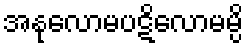
အနုလောမပဋိလောမမ္ပိ